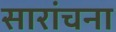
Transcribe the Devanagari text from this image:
सारांचना